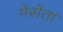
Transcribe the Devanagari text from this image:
मेसेता